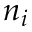
n _ { i }